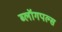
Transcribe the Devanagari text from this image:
ब्लॉगपल्स